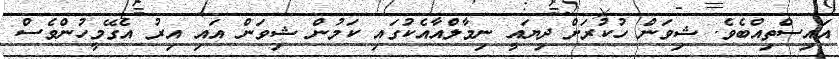
އައިސްތިއްބެވެ. ޝިވަން ހުކުރަށް ދިޔައީ ނިމާލްއާއެކުގައި ކަމުން ޝިވަން އައި އިރު އެގޭމީހުންވެސް